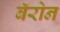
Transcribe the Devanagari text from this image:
बॅरोन